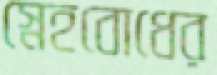
স্নেহবোধের